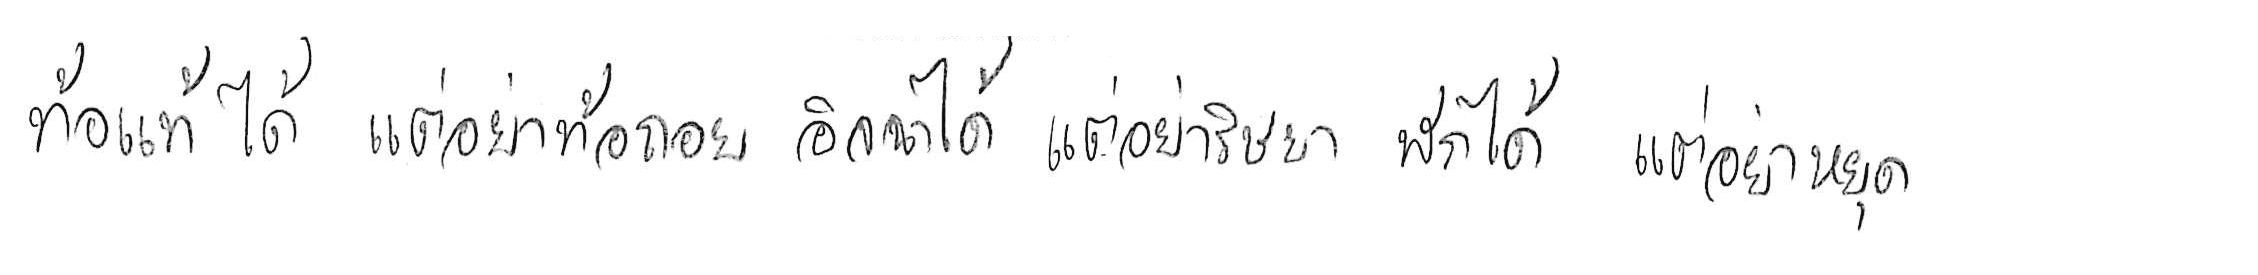
ท้อแท้ได้ แต่อย่าท้อถอย อิจฉาได้ แต่อย่าริษยา พักได้ แต่อย่าหยุด